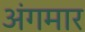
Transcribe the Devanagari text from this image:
अंगमार